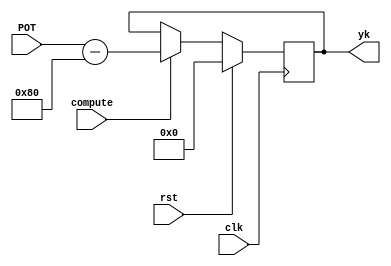
`timescale 1ns / 1ps
//////////////////////////////////////////////////////////////////////////////////
// Company: 
// Engineer: 
// 
// Design Name: 
// Module Name:    yk_compute 
// Project Name: 
// Target Devices: 
// Tool versions: 
// Description: 
//
// Dependencies: 
//
// Revision: 
// Revision 0.01 - File Created
// Additional Comments: 
//
//////////////////////////////////////////////////////////////////////////////////

module yk_compute(clk, rst, compute, POT, yk);
	input clk, rst, compute;          // compute es para indicarle cuando hacer el nuevo calculo de yk
	input [7:0] POT;                  // Seal q viene del servo, 8bits de la posicion actual del motor
	output reg [8:0] yk;              // 9bits de yk xq hay q considerar el signo

localparam [8:0] var = 9'd128;       // para ajustar la variable al rango de -2V a +2V

always @ (posedge clk)
	if (rst)
		yk = 9'b0;
	else begin
		if (compute)
			yk = POT - var;             // calculo de yk solo si asi se le indica
		else
			yk = yk;                    // yk permanece igual si no se da la seal de q debe ser calculada de nuevo
	end

endmodule